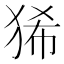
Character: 狶